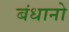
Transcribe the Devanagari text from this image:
बंधानो